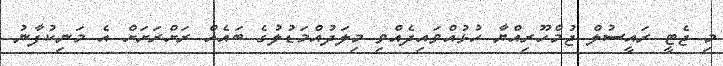
މި ޖެޓީ ރައީސުލް ޖުމްހޫރިއްޔާ ހުޅުއްވައިދެއްވި މިލަދުއްމަޑުލުގެ ބައެއް ރަށްރަށަށް އެ މަނިކުފާނު